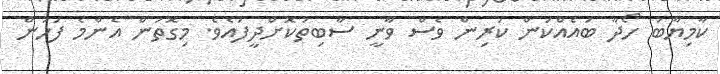
ކާމިޔާބު ހޯދާ ބައެއްކަން ކުރިން ވެސް ވާނީ ސާބިތުކޮށްދީފައެވެ. މިގޮތުން އެންމެ ފަހުން